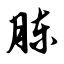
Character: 胨